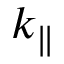
k _ { \parallel }